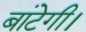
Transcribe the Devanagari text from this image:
बांटेगी।